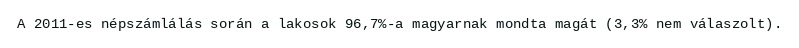
A 2011-es népszámlálás során a lakosok 96,7%-a magyarnak mondta magát (3,3% nem válaszolt).